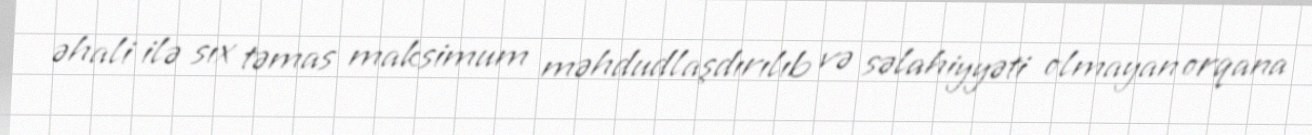
əhali ilə sıx təmas maksimum məhdudlaşdırılıb və səlahiyyəti olmayan orqana